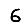
Digit: 6